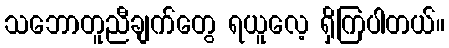
သဘောတူညီချက်တွေ ရယူလေ့ ရှိကြပါတယ်။